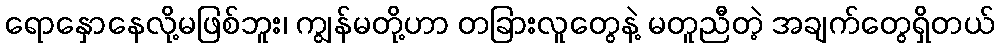
ရောနှောနေလို့မဖြစ်ဘူး၊ ကျွန်မတို့ဟာ တခြားလူတွေနဲ့ မတူညီတဲ့ အချက်တွေရှိတယ်